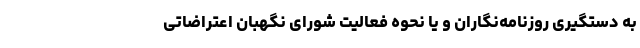
به دستگیری روزنامه‌نگاران و یا نحوه فعالیت شورای نگهبان اعتراضاتی